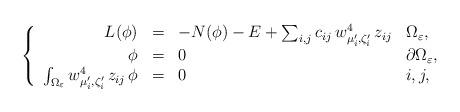
LaTeX: \begin{align*}\left\{\begin{array}{rlll}L(\phi)&=&-N(\phi)-E+\sum_{i,j}c_{ij}\,w_{\mu_i^{\prime},\zeta_i^{\prime}}^4\,z_{ij}& \Omega_\varepsilon,\\\phi&=&0&\partial\Omega_\varepsilon,\\\int_{\Omega_\varepsilon}w_{\mu_i^{\prime},\zeta_i^{\prime}}^4\,z_{ij}\,\phi&=&0&i,j ,\end{array}\right.\end{align*}